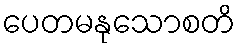
ပေတမနုသောစတိ